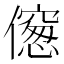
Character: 𠏨